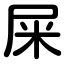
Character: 屎